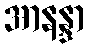
အာနန္ဒာ